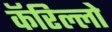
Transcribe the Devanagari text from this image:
कॅरिल्लो